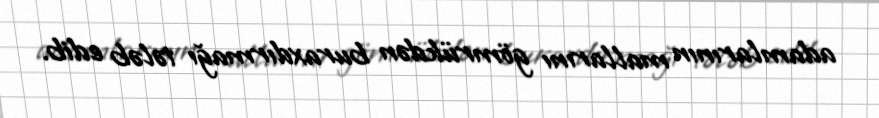
adamlarının mallarını gömrükdən buraxdırmağı tələb edib.